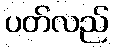
ပတ်လည်